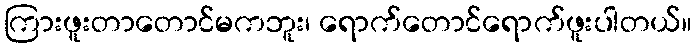
ကြားဖူးတာတောင်မကဘူး၊ ရောက်တောင်ရောက်ဖူးပါတယ်။